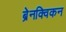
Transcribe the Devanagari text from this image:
ब्रेनक्विकन